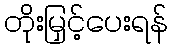
တိုးမြှင့်ပေးရန်